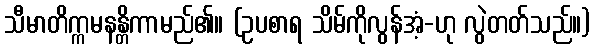
သီမာတိက္ကမနန္တိကာမည်၏။ (ဥပစာရ သိမ်ကိုလွန်အံ့-ဟု လွဲတတ်သည်။)